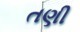
તણી